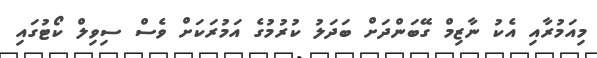
މިއަމުރާއި އެކު ނާޒިމް ގޭބަންދަށް ބަދަލު ކުރުމުގެ އަމުރަކަށް ވެސް ސިވިލް ކޯޓުގައި